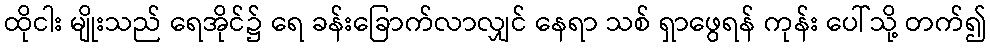
ထိုငါး မျိုးသည် ရေအိုင်၌ ရေ ခန်းခြောက်လာလျှင် နေရာ သစ် ရှာဖွေရန် ကုန်း ပေါ်သို့ တက်၍